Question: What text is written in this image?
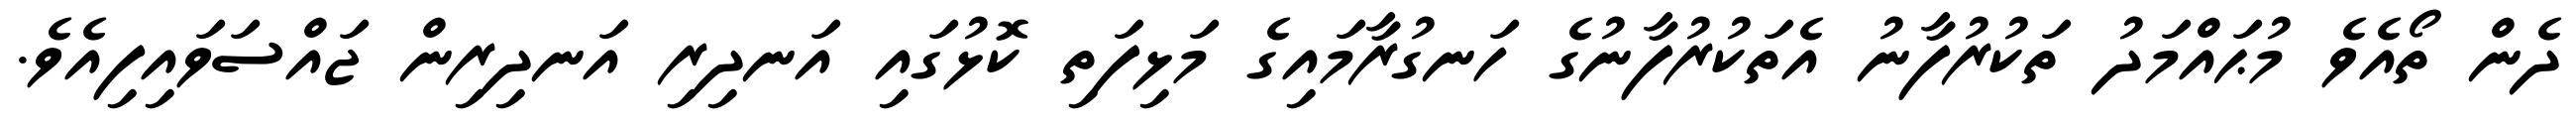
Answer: ދެން ތޯއެވެ މުޙައްމަދު ތަކުރުފާނު އެތަކުރުފާނުގެ ހަނގުރާމައިގެ މަޅިފަތި ކޮޅުގައި އަނދިރި އަނދިރިން ޖައްސަވައިފިއެވެ.